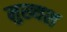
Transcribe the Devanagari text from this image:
मुख्यश